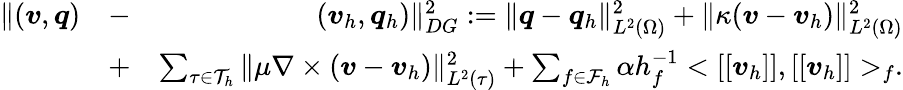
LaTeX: \begin{array}{rlr}{\| (\boldsymbol{v},\boldsymbol{q})}&{-}&{(\boldsymbol{v}_{h},\boldsymbol{q}_{h})\| _{DG}^{2}:=\| \boldsymbol{q}-\boldsymbol{q}_{h}\| _{L^{2}(\Omega)}^{2}+\| \kappa(\boldsymbol{v}-\boldsymbol{v}_{h})\| _{L^{2}(\Omega)}^{2}}\\ &{+}&{\sum_{\tau\in\mathcal{T}_{h}}\| \mu\nabla\times(\boldsymbol{v}-\boldsymbol{v}_{h})\| _{L^{2}(\tau)}^{2}+\sum_{f\in\mathcal{F}_{h}}\alpha h_{f}^{-1}<[[\boldsymbol{v}_{h}]],[[\boldsymbol{v}_{h}]]>_{f}.}\end{array}